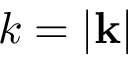
k = | \mathbf { k } |